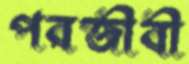
পরজীবী